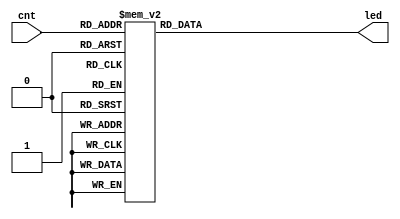
module display (
	cnt,
	led
	);
input [3:0] cnt;
output [6:0] led;
reg [6:0] led;

parameter zero = 7'b0000001;
parameter one = 7'b0110000;
parameter two = 7'b0010010;
parameter three = 7'b0000110;
parameter four = 7'b1001100;
parameter five = 7'b0100100;
parameter six = 7'b0100000;
parameter seven = 7'b0001111;
parameter eight = 7'b0000000;
parameter nine = 7'b0001000;

always @ (*) begin
	case(cnt)
		0: led = zero;
		1: led = one;
		2: led = two;
		3: led = three;
		4: led = four;
		5: led = five;
		6: led = six;
		7: led = seven;
		8: led = eight;
		default: led = nine;
	endcase
end
endmodule